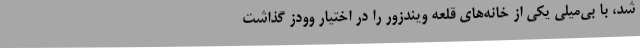
شد، با بی‌میلی یکی از خانه‌های قلعه ویندزور را در اختیار وودز گذاشت